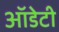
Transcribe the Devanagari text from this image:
ऑडेटी